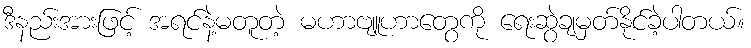
ဒီနည်းအားဖြင့် အရင်နဲ့မတူတဲ့ မဟာဗျူဟာတွေကို ရေးဆွဲချမှတ်နိုင်ခဲ့ပါတယ်။